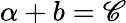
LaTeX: \alpha+b=\mathscr{C}